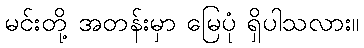
မင်းတို့ အတန်းမှာ မြေပုံ ရှိပါသလား။